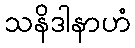
သနိဒါနာဟံ